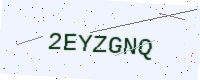
Text: 2EYZGNQ